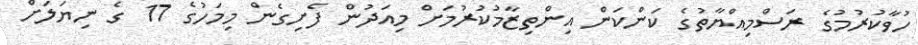
ހުވާކުރުމުގެ ރަސްމިއްޔާތުގެ ކަންކަން އިންތިޒާމުކުރުމަށް މިއަދުން ފެށިގެން މިމަހުގެ 17 ގެ ނިޔަލަށް